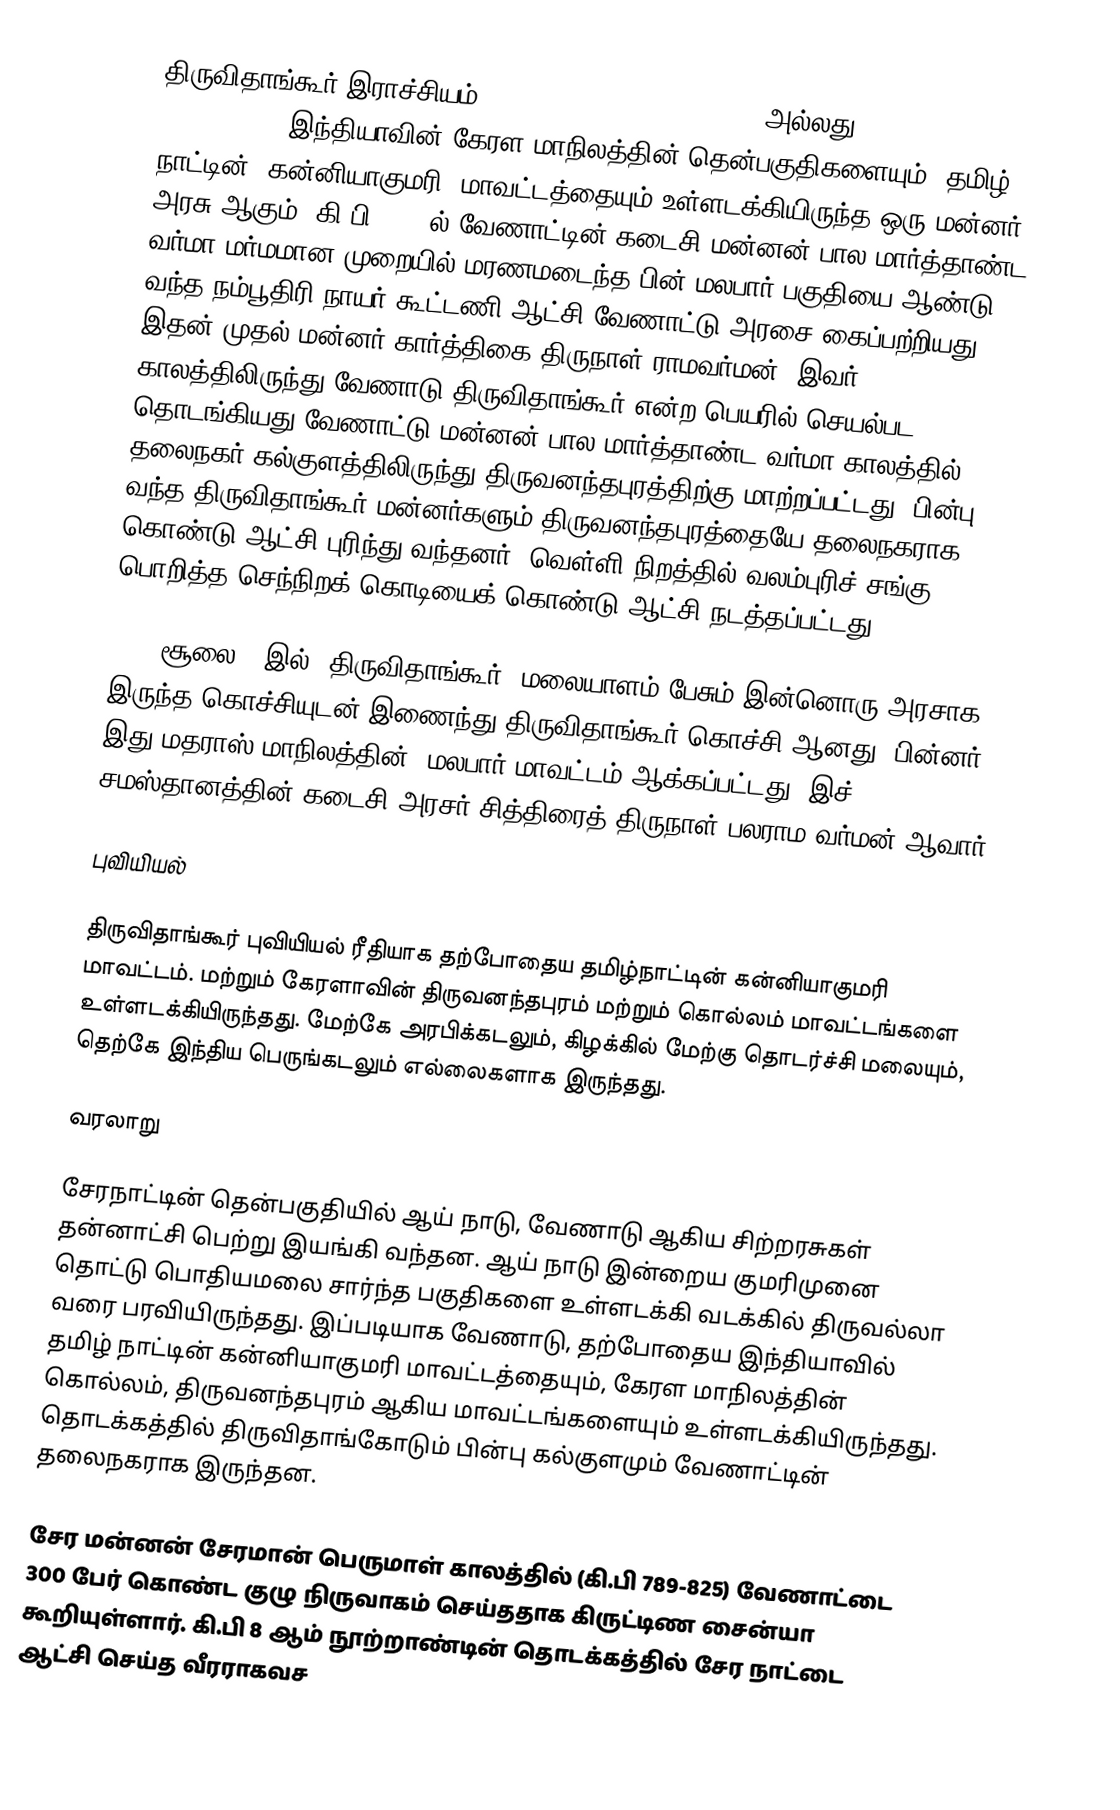
திருவிதாங்கூர் இராச்சியம் (Kingdom of Thiruvithamkoor அல்லது Kingdom of Travancore), இந்தியாவின் கேரள மாநிலத்தின் தென்பகுதிகளையும், தமிழ் நாட்டின், கன்னியாகுமரி, மாவட்டத்தையும் உள்ளடக்கியிருந்த ஒரு மன்னர் அரசு ஆகும். கி.பி. 1758ல் வேணாட்டின் கடைசி மன்னன் பால மார்த்தாண்ட வர்மா மர்மமான முறையில் மரணமடைந்த பின் மலபார் பகுதியை ஆண்டு வந்த நம்பூதிரி-நாயர் கூட்டணி ஆட்சி வேணாட்டு அரசை கைப்பற்றியது. இதன் முதல் மன்னர் கார்த்திகை திருநாள் ராமவர்மன். இவர் காலத்திலிருந்து வேணாடு திருவிதாங்கூர் என்ற பெயரில் செயல்பட தொடங்கியது வேணாட்டு மன்னன் பால மார்த்தாண்ட வர்மா காலத்தில் தலைநகர் கல்குளத்திலிருந்து திருவனந்தபுரத்திற்கு  மாற்றப்பட்டது. பின்பு வந்த திருவிதாங்கூர் மன்னர்களும் திருவனந்தபுரத்தையே தலைநகராக கொண்டு ஆட்சி புரிந்து வந்தனர். வெள்ளி நிறத்தில் வலம்புரிச் சங்கு பொறித்த செந்நிறக் கொடியைக் கொண்டு ஆட்சி நடத்தப்பட்டது.

1949 சூலை 1 இல், திருவிதாங்கூர், மலையாளம் பேசும் இன்னொரு அரசாக இருந்த கொச்சியுடன் இணைந்து திருவிதாங்கூர்-கொச்சி ஆனது. பின்னர் இது மதராஸ் மாநிலத்தின், மலபார் மாவட்டம் ஆக்கப்பட்டது. இச் சமஸ்தானத்தின் கடைசி அரசர் சித்திரைத் திருநாள் பலராம வர்மன் ஆவார்.

புவியியல்

திருவிதாங்கூர் புவியியல் ரீதியாக தற்போதைய தமிழ்நாட்டின் கன்னியாகுமரி மாவட்டம். மற்றும் கேரளாவின் திருவனந்தபுரம் மற்றும் கொல்லம் மாவட்டங்களை உள்ளடக்கியிருந்தது. மேற்கே அரபிக்கடலும், கிழக்கில் மேற்கு தொடர்ச்சி மலையும், தெற்கே இந்திய பெருங்கடலும் எல்லைகளாக இருந்தது.

வரலாறு

சேரநாட்டின் தென்பகுதியில் ஆய் நாடு, வேணாடு ஆகிய சிற்றரசுகள் தன்னாட்சி பெற்று இயங்கி வந்தன. ஆய் நாடு இன்றைய குமரிமுனை தொட்டு பொதியமலை சார்ந்த பகுதிகளை உள்ளடக்கி வடக்கில் திருவல்லா வரை பரவியிருந்தது. இப்படியாக வேணாடு, தற்போதைய இந்தியாவில்  தமிழ் நாட்டின் கன்னியாகுமரி மாவட்டத்தையும்,  கேரள மாநிலத்தின் கொல்லம், திருவனந்தபுரம் ஆகிய மாவட்டங்களையும் உள்ளடக்கியிருந்தது. தொடக்கத்தில் திருவிதாங்கோடும் பின்பு கல்குளமும் வேணாட்டின் தலைநகராக இருந்தன.

சேர மன்னன் சேரமான் பெருமாள் காலத்தில் (கி.பி 789-825) வேணாட்டை 300 பேர் கொண்ட குழு நிருவாகம் செய்ததாக கிருட்டிண சைன்யா கூறியுள்ளார்.  கி.பி 8 ஆம் நூற்றாண்டின் தொடக்கத்தில் சேர நாட்டை ஆட்சி செய்த வீரராகவச